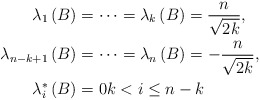
\begin{align*}\lambda_{1}\left( B\right) & =\cdots=\lambda_{k}\left( B\right)=\frac{n}{\sqrt{2k}},\\\lambda_{n-k+1}\left( B\right) & =\cdots=\lambda_{n}\left( B\right)=-\frac{n}{\sqrt{2k}},\\\lambda_{i}^{\ast}\left( B\right) & =0k<i\leq n-k\end{align*}